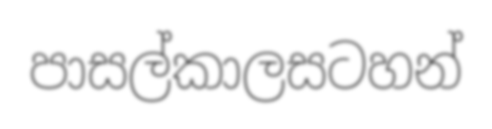
පාසල්කාලසටහන්